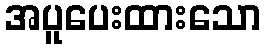
အပူပေးထားသော